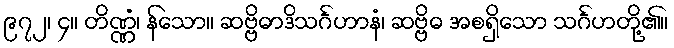
၉၇၂၊ ၄။ တိဏ္ဏံ၊ န်သော။ ဆဗ္ဗိဓာဒိသင်္ဂဟာနံ၊ ဆဗ္ဗိဓ အစရှိသော သင်္ဂဟတို့၏။